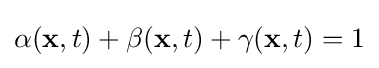
\alpha (\mathbf {x} ,t)+\beta (\mathbf {x} ,t)+\gamma (\mathbf {x} ,t)=1